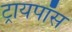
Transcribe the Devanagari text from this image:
ट्रायपॉस